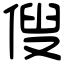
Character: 傁